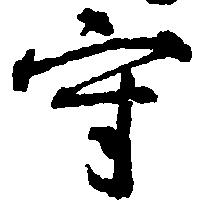
守